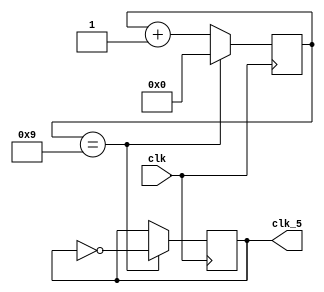
`timescale 1ns / 1ps

module Divider5MHz(
	input clk,
	output reg clk_5 = 1'b0
);
	reg [3:0]count = 4'b0;

	always @(posedge clk) begin
		if(count == 4'd9) begin
			count <= 4'b0;
			clk_5 <= ~clk_5;
		end else begin
			count <= count + 1'b1;
			clk_5 <= clk_5;
		end
	end
endmodule

module Divider50MHz(
	input clk,
	output reg clk_50 = 1'b0
);

	always @(posedge clk) begin
		clk_50 <= ~clk_50;
	end
endmodule

module InterWeave(
	input [7:0]r1,
	input [7:0]r0,
	output [15:0]r
);
	assign r = {r1[4], r0[4], r1[5], r0[5], r1[6], r0[6], r1[7], r0[7], r1[0], r0[0], r1[1], r0[1], r1[2], r0[2], r1[3], r0[3]};
endmodule

module mem(
	input clk,
	input [31:0]send_data,
	input [6:0]addr,
	output [7:0]out_data
);
	reg [7:0]memory[127:0];
	integer i;
	initial begin
		for(i = 0; i < 7; i = i + 1) begin
			memory[i] = 8'hAA;
		end
		memory[7] = 8'hAB;
		for(i = 8; i < 128; i = i + 1) begin
			memory[i] = 8'b0;
		end
	end

	always @(negedge clk) begin
		memory[8] <= send_data[31:24];
		memory[9] <= send_data[23:16];
		memory[10] <= send_data[15:8];
		memory[11] <= send_data[7:0];
	end

	assign out_data = memory[addr];
endmodule

module Ethernet(
	input CLK100,
	output MDIO,
	output MDC,
	output RESET,
	input [31:0]reset,
	input RXD1,
	input RXD0,
	input RXERR,
	input CRS_DV,
	output reg TXD0,
	output reg TXD1,
	output reg TXEN,
	output CLKIN,
	output reg [63:0]data,
	output reg [31:0]get_new,
	input [31:0]s_data,
	input [31:0]s_ena,
	output reg [31:0]s_finish
);
	wire clk5;
	wire clk50;
	Divider5MHz div5(CLK100, clk5);
	Divider50MHz div50(CLK100, clk50);

	assign MDIO = 1;
	assign MDC = clk5;
	assign CLKIN = clk50;
	assign RESET = 1;

	wire r_valid;
	assign r_valid = CRS_DV & RXD1 & RXD0;

	parameter IDLE = 8'b00000001;
	parameter RECEIVE = 8'b00000010;
	parameter DATA1 = 8'b00000100;
	parameter DATA2 = 8'b00001000;
	parameter DATA3 = 8'b00010000;
	parameter DATA4 = 8'b00100000;
	parameter REND = 8'b01000000;
	parameter SEND = 8'b10000000;

	reg [7:0]current_state = IDLE; 
	reg [7:0]next_state;
	reg r_ena = 1'b0;
	reg [7:0]count = 8'b0;
	reg [31:0]r1_data = 32'b0;
	reg [31:0]r0_data = 32'b0;

	reg [6:0]address;
	wire [7:0]mem_out;
	reg [7:0]to_send;
	mem mem_(clk50, s_data, address, mem_out);

	always @(negedge clk50) begin
		current_state <= next_state;
	end

	always @(*) begin
		case(current_state)
			IDLE: begin
				if(r_valid == 1'b1) begin
					next_state = RECEIVE;
				end else if(s_ena) begin
					next_state = DATA1;
				end else begin
					next_state = IDLE;
				end
			end
			RECEIVE: begin
				if(count == 8'd32) begin
					next_state = REND;
				end else begin
					next_state = RECEIVE;
				end
			end
			DATA1: begin
				next_state = DATA2;
			end
			DATA2: begin
				next_state = DATA3;
			end
			DATA3: begin
				next_state = DATA4;
			end
			DATA4: begin
				if(address == 7'd68) begin
					next_state = SEND;
				end else begin
					next_state = DATA1;
				end
			end
			REND: begin
				if(reset == 1'b1) begin
					next_state = IDLE;
				end else begin
					next_state = REND;
				end
			end
			SEND: begin
				if(reset == 1'b1) begin
					next_state = IDLE;
				end else begin
					next_state = SEND;
				end
			end
			default: begin
				next_state = IDLE;
			end
		endcase
	end

	always @(*) begin
		if(current_state == RECEIVE) begin
			r_ena = 1'b1;
		end else begin
			r_ena = 1'b0;
		end
	end

	always @(posedge clk50) begin
		if(current_state == IDLE) begin
			count <= 8'b0;
		end else begin
			count <= count + 1'b1;
		end
	end

	always @(posedge clk50) begin
		if(r_ena == 1'b1) begin
			r1_data <= {r1_data[30:0], RXD1};
			r0_data <= {r0_data[30:0], RXD0};
		end else begin
			r1_data <= r1_data;
			r0_data <= r0_data;
		end
	end
	
	wire [63:0]data_from_PC;
	InterWeave IW1(r1_data[7:0], r0_data[7:0], data_from_PC[15:0]);
	InterWeave IW2(r1_data[15:8], r0_data[15:8], data_from_PC[31:16]);
	InterWeave IW3(r1_data[23:16], r0_data[23:16], data_from_PC[47:32]);
	InterWeave IW4(r1_data[31:24], r0_data[31:24], data_from_PC[63:48]);
	always @(negedge clk50) begin
		data <= data_from_PC;
	end

	always @(posedge clk50) begin
		if(current_state == REND) begin
			get_new <= 32'b1;
		end else begin
			get_new <= 32'b0;
		end
	end

	always @(posedge clk50) begin
		if(current_state == SEND) begin
			s_finish <= 32'b1;
		end else begin
			s_finish <= 32'b0;
		end
	end

	always @(posedge clk50) begin
		if(current_state == DATA4) begin
			address <= address + 1'b1;
		end else if(current_state == IDLE) begin
			address <= 7'b0;
		end else begin
			address <= address;
		end
	end

	always @(*) begin //
		if(current_state == DATA1) begin
			to_send = mem_out;
		end else begin
			to_send = to_send;
		end
	end

	always @(*) begin
		case(current_state)
			DATA1: begin
				TXEN = 1'b1;
			end
			DATA2: begin
				TXEN = 1'b1;
			end
			DATA3: begin
				TXEN = 1'b1;
			end
			DATA4: begin
				TXEN = 1'b1;
			end
			default: begin
				TXEN = 1'b0;
			end
		endcase
	end

	always @(*) begin
		case(current_state)
			DATA1: begin
				TXD0 = to_send[7];
				TXD1 = to_send[6];
			end
			DATA2: begin
				TXD0 = to_send[5];
				TXD1 = to_send[4];
			end
			DATA3: begin
				TXD0 = to_send[3];
				TXD1 = to_send[2];
			end
			DATA4: begin
				TXD0 = to_send[1];
				TXD1 = to_send[0];
			end
			default: begin
				TXD0 = to_send[7];
				TXD1 = to_send[6];
			end
		endcase
	end
endmodule